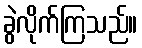
ခွဲလိုက်ကြသည်။